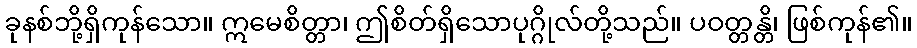
ခုနစ်ဘို့ရှိကုန်သော။ ဣမေစိတ္တာ၊ ဤစိတ်ရှိသောပုဂ္ဂိုလ်တို့သည်။ ပဝတ္တန္တိ၊ ဖြစ်ကုန်၏။